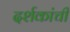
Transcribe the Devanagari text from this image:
दर्शकांची